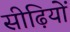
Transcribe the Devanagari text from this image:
सीढ़ियों